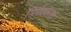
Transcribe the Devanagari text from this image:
निर्मदकाल